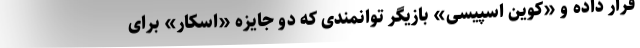
قرار داده و «کوین اسپیسی» بازیگر توانمندی که دو جایزه «اسکار» برای